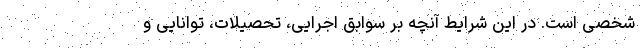
شخصی است‌. در این شرایط آنچه بر سوابق اجرایی، تحصیلات، توانایی و